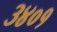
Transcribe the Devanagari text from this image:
३४०१